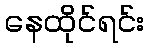
နေထိုင်ရင်း